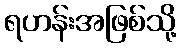
ရဟန်းအဖြစ်သို့